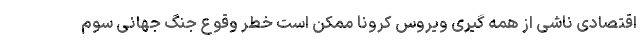
اقتصادی ناشی از همه گیری ویروس کرونا ممکن است خطر وقوع جنگ جهانی سوم